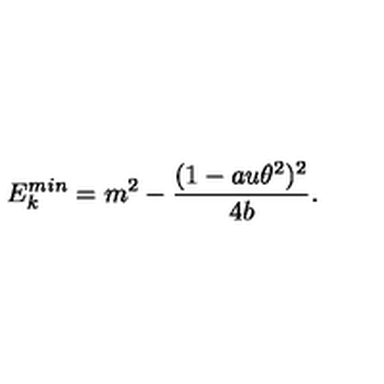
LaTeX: E _ { k } ^ { m i n } = m ^ { 2 } - \frac { ( 1 - a u \theta ^ { 2 } ) ^ { 2 } } { 4 b } .